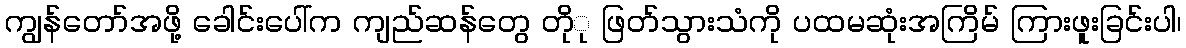
ကျွန်တော်အဖို့ ခေါင်းပေါ်က ကျည်ဆန်တွေ တိုု ဖြတ်သွားသံကို ပထမဆုံးအကြိမ် ကြားဖူးခြင်းပါ၊